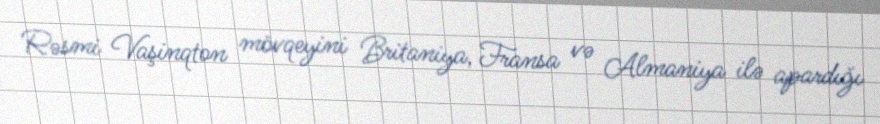
Rəsmi Vaşinqton mövqeyini Britaniya, Fransa və Almaniya ilə apardığı